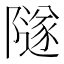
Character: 隧